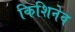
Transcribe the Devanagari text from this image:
किशिनेव